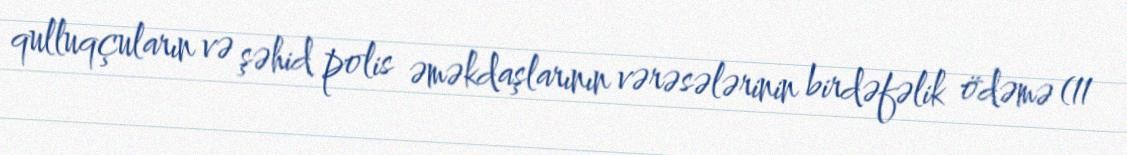
qulluqçuların və şəhid polis əməkdaşlarının vərəsələrinin birdəfəlik ödəmə (11